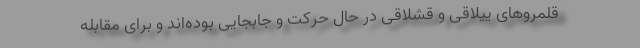
قلمروهای ییلاقی و قشلاقی در حال حرکت و جابجایی بوده‌اند و برای مقابله